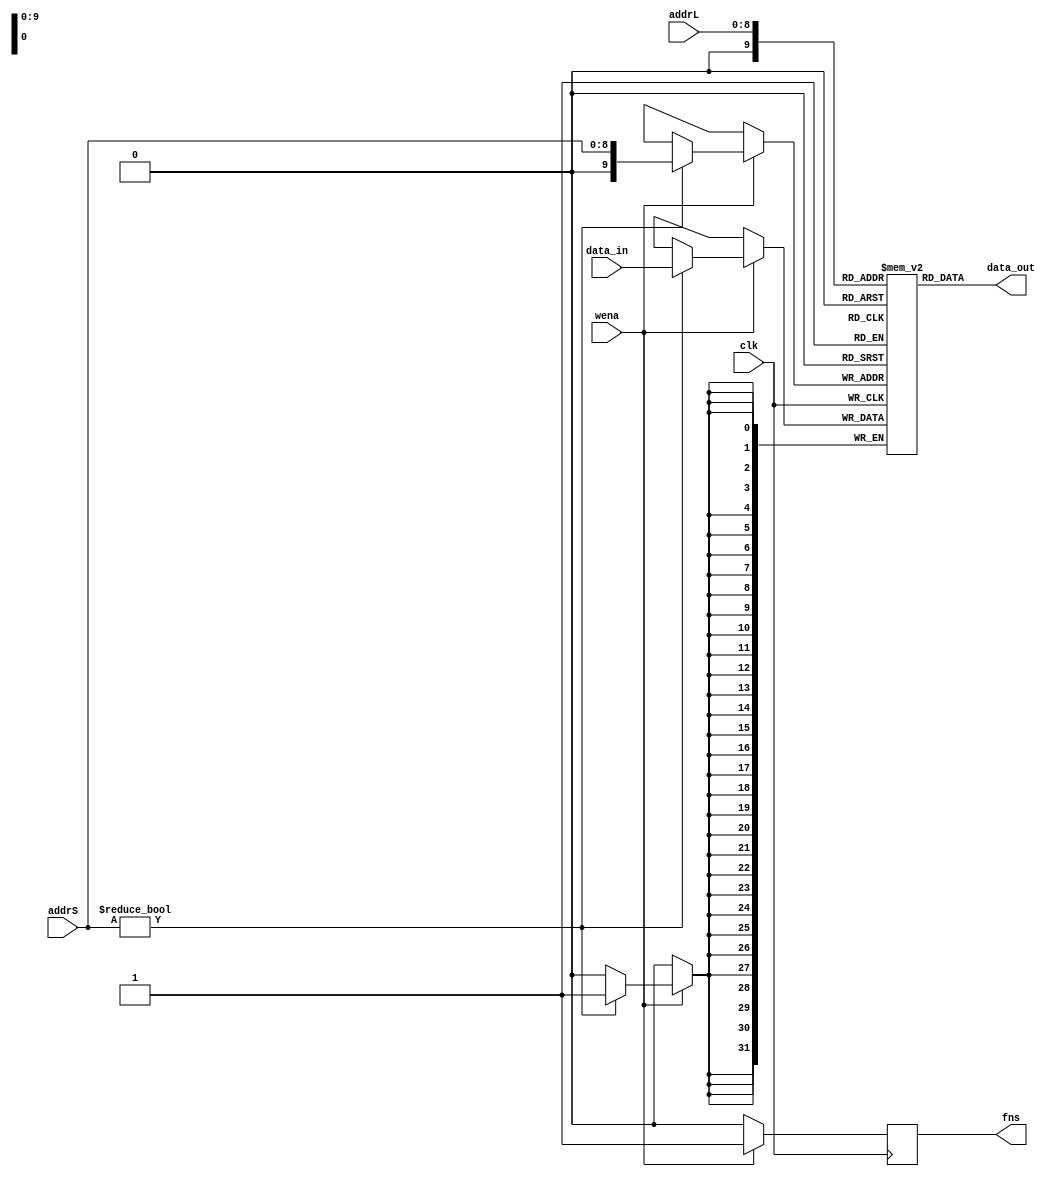
module Mem(
        input clk,
        input wena,
        input [8:0] addrL,
        input [8:0] addrS,
        input [31:0] data_in,
        output fns,
        output [31:0] data_out
        );
    reg [31:0] states [0:512];
    reg finish;
    assign fns=finish;
    generate
        genvar i;
        for (i = 1; i < 512; i = i + 1) begin: regfile
            initial begin
                    states[i] <= 32'b1;
                    states[i] <= 32'b1;
            end
        end
    endgenerate

    initial begin
        states[5]<=32'h00000005;
        states[4]<=32'h00000004;
        finish=0;
    end
    
    always@(posedge clk) begin
        if(wena) begin
            if(addrS!=0) states[addrS]=data_in;
            finish=1;
        end
        else finish=0;
    end 
    assign data_out=states[addrL];
endmodule